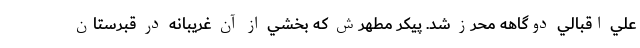
علي اقبالي دوگاهه محرز شد. پيكر مطهرش كه بخشي از آن غريبانه در قبرستان